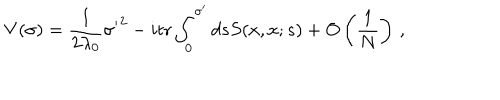
V ( \sigma ) = \frac { 1 } { 2 \lambda _ { 0 } } { \sigma ^ { \prime } } ^ { 2 } - i \mathrm { t r } \int _ { 0 } ^ { \sigma ^ { \prime } } d s S ( x , x ; s ) + O \left( \frac { 1 } { N } \right) \, ,